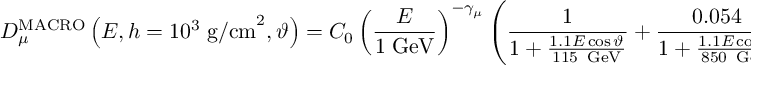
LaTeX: { \cal D } _ { \mu } ^ { \mathrm { M A C R O } } \left( E , h = 1 0 ^ { 3 } \; \mathrm { g / c m } ^ { 2 } , \vartheta \right) = C _ { 0 } \left( \frac { E } { 1 \; \mathrm { G e V } } \right) ^ { - \gamma _ { \mu } } \left( \frac { 1 } { 1 + \frac { 1 . 1 E \cos \vartheta } { 1 1 5 \, \mathrm { \small \mathrm { ~ G e V } } } } + \frac { 0 . 0 5 4 } { 1 + \frac { 1 . 1 E \cos \vartheta } { 8 5 0 \, \mathrm { \small \mathrm { ~ G e V } } } } \right) ,